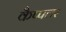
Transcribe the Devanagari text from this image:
कैप्पलर